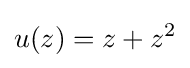
u(z)=z+z^{2}